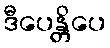
ဒီပေန္တိပေ